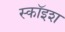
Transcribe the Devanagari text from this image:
स्कॉइश